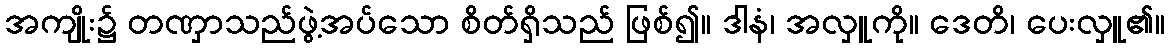
အကျိုး၌ တဏှာသည်ဖွဲ့အပ်သော စိတ်ရှိသည် ဖြစ်၍။ ဒါနံ၊ အလှူကို။ ဒေတိ၊ ပေးလှူ၏။